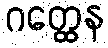
ဂတ္ထေန